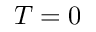
T = 0